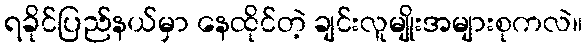
ရခိုင်ပြည်နယ်မှာ နေထိုင်တဲ့ ချင်းလူမျိုးအများစုကလဲ။